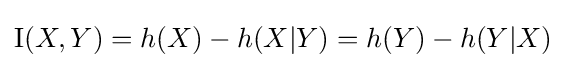
\operatorname {I} (X,Y)=h(X)-h(X|Y)=h(Y)-h(Y|X)